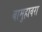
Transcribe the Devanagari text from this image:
बामुहावरा